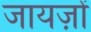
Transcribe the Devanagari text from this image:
जायज़ों